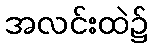
အလင်းထဲ၌